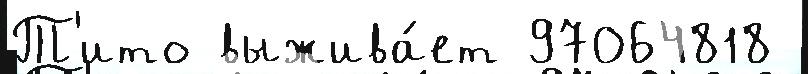
Т'ито выжива́ет 97064818